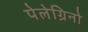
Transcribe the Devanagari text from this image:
पेलेग्रिनो